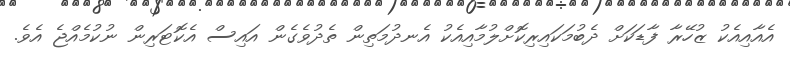
އެއާއިއެކު ޒުހޭރާ ފާޑަކަށް ދެބުމަކައިރިކޮށްލުމާއިއެކު އެނދުމަތިން ތެދުވެގެން އައިސް އެކޮޓަރިން ނުކުމެއްޖެ އެވެ.